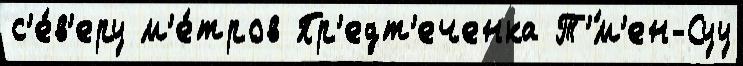
с'е́в'еру м'е́тров Пр'едт'еченка Т'́м'ен-Суу